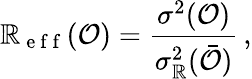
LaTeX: \mathbb{R}_{\mathrm{{~e~f~f~}}}(\mathcal{O})=\frac{{\sigma^{2}(\mathcal{{O}})}}{{\sigma_{\mathbb{R}}^{2}(\bar{{\mathcal{{O}}}})}}\, ,